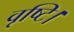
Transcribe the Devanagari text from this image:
वृष्टि।